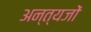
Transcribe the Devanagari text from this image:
अन्त्यजों